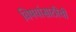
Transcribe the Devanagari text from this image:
विषयांसाठीची